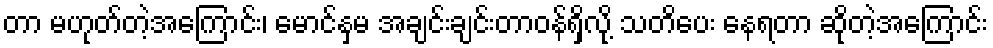
တာ မဟုတ်တဲ့အကြောင်း၊ မောင်နှမ အချင်းချင်းတာဝန်ရှိလို့ သတိပေး နေရတာ ဆိုတဲ့အကြောင်း